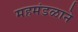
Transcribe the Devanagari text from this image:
महमंडळाने